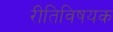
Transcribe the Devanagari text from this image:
रीतिविषयक